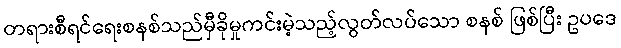
တရားစီရင်ရေးစနစ်သည်မှီခိုမှုကင်းမဲ့သည့်လွတ်လပ်သော စနစ် ဖြစ်ပြီး ဥပဒေ